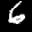
Label: 6